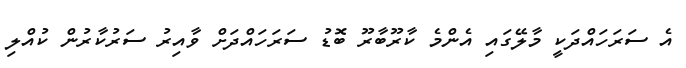
އެ ސަރަަހައްދަކީ މާލޭގައި އެންމެ ކާރޫބާރޫ ބޮޑު ސަރަހައްދަށް ވާއިރު ސަރުކާރުން ކުއްލި